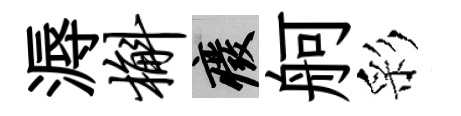
溽槲廢舸彩